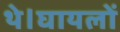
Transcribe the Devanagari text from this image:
थे।घायलों